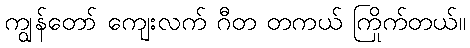
ကျွန်တော် ကျေးလက် ဂီတ တကယ် ကြိုက်တယ်။